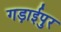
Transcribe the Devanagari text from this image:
गड़ाईपुर